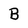
Character: B